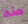
هذه